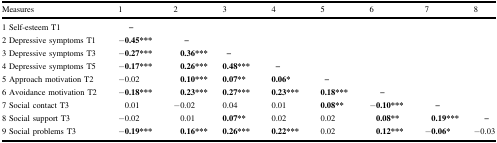
<table><thead><tr><td><b>Measures</b></td><td><b>1</b></td><td><b>2</b></td><td><b>3</b></td><td><b>4</b></td><td><b>5</b></td><td><b>6</b></td><td><b>7</b></td><td><b>8</b></td></tr></thead><tbody><tr><td>1 Self-esteem T1</td><td>–</td><td></td><td></td><td></td><td></td><td></td><td></td><td></td></tr><tr><td>2 Depressive symptoms T1</td><td><b>−0.45***</b></td><td>–</td><td></td><td></td><td></td><td></td><td></td><td></td></tr><tr><td>3 Depressive symptoms T3</td><td><b>−0.27***</b></td><td><b>0.36***</b></td><td>–</td><td></td><td></td><td></td><td></td><td></td></tr><tr><td>4 Depressive symptoms T5</td><td><b>−0.17***</b></td><td><b>0.26***</b></td><td><b>0.48***</b></td><td>–</td><td></td><td></td><td></td><td></td></tr><tr><td>5 Approach motivation T2</td><td><b>−</b>0.02</td><td><b>0.10***</b></td><td><b>0.07**</b></td><td><b>0.06*</b></td><td>–</td><td></td><td></td><td></td></tr><tr><td>6 Avoidance motivation T2</td><td><b>−0.18***</b></td><td><b>0.23***</b></td><td><b>0.27***</b></td><td><b>0.23***</b></td><td><b>0.18***</b></td><td>–</td><td></td><td></td></tr><tr><td>7 Social contact T3</td><td>0.01</td><td><b>−</b>0.02</td><td>0.04</td><td>0.01</td><td><b>0.08**</b></td><td><b>−0.10***</b></td><td>–</td><td></td></tr><tr><td>8 Social support T3</td><td><b>−</b>0.02</td><td>0.01</td><td><b>0.07**</b></td><td>0.02</td><td>0.02</td><td><b>0.08**</b></td><td><b>0.19***</b></td><td>–</td></tr><tr><td>9 Social problems T3</td><td><b>−0.19***</b></td><td><b>0.16***</b></td><td><b>0.26***</b></td><td><b>0.22***</b></td><td>0.02</td><td><b>0.12***</b></td><td><b>−0.06*</b></td><td><b>−</b>0.03</td></tr></tbody></table>